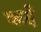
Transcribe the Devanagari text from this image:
कर्इं